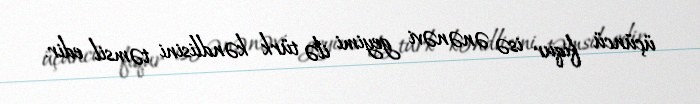
üçüncü fiqur isə ənənəvi geyimi ilə türk kəndlisini təmsil edir.